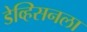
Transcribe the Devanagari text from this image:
डेव्हिसनला